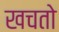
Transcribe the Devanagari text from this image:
खचतो